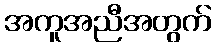
အကူအညီအတွက်